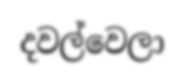
දවල්වෙලා